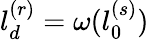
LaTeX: l_{d}^{(r)}=\omega(l_{0}^{(s)})